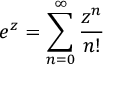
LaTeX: e ^ { z } = \sum _ { n = 0 } ^ { \infty } { \frac { z ^ { n } } { n ! } }